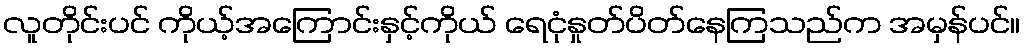
လူတိုင်းပင် ကိုယ့်အကြောင်းနှင့်ကိုယ် ရေငုံနှုတ်ပိတ်နေကြသည်က အမှန်ပင်။